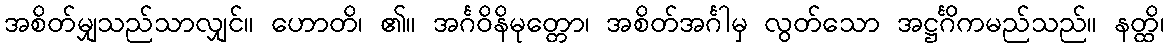
အစိတ်မျှသည်သာလျှင်။ ဟောတိ၊ ၏။ အင်္ဂဝိနိမုတ္တော၊ အစိတ်အင်္ဂါမှ လွတ်သော အဋ္ဌင်္ဂိကမည်သည်။ နတ္ထိ၊